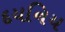
દયનિય